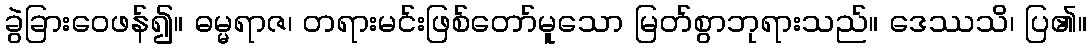
ခွဲခြားဝေဖန်၍။ ဓမ္မရာဇ၊ တရားမင်းဖြစ်တော်မူသော မြတ်စွာဘုရားသည်။ ဒေဿသိ၊ ပြ၏။